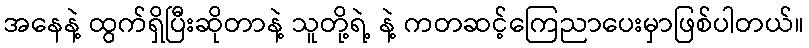
အနေနဲ့ ထွက်ရှိပြီးဆိုတာနဲ့ သူတို့ရဲ့ နဲ့ ကတဆင့်ကြေညာပေးမှာဖြစ်ပါတယ်။